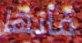
فأنها